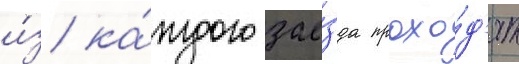
и́з ка́ждого зае́зда прохо́д'ят